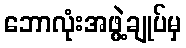
ဘောလုံးအဖွဲ့ချုပ်မှ